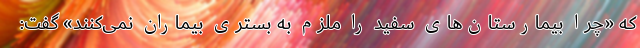
که «چرا بیمارستان‌های سفید را ملزم به بستری بیماران نمی‌کنند» گفت: